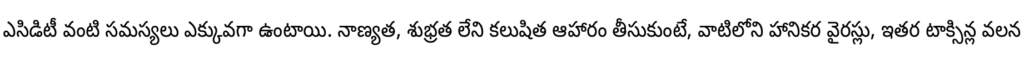
ఎసిడిటీ వంటి సమస్యలు ఎక్కువగా ఉంటాయి. నాణ్యత, శుభ్రత లేని కలుషిత ఆహారం తీసుకుంటే, వాటిలోని హానికర వైరస్లు, ఇతర టాక్సిన్ల వలన